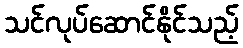
သင်လုပ်ဆောင်နိုင်သည့်